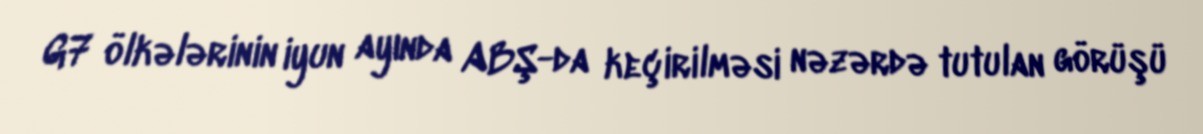
G7 ölkələrinin iyun ayında ABŞ-da keçirilməsi nəzərdə tutulan görüşü